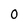
Character: 0